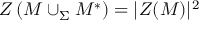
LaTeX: Z \left( M \cup _ { \Sigma } M ^ { * } \right) = | Z ( M ) | ^ { 2 }